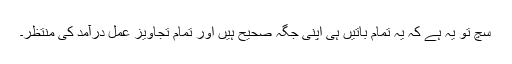
سچ تو یہ ہے کہ یہ تمام باتیں ہی اپنی جگہ صحیح ہیں اور تمام تجاویز عمل درآمد کی منتظر۔